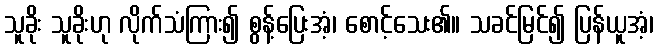
သူခိုး သူခိုးဟု လိုက်သံကြား၍ စွန့်ပြေးအံ့၊ စောင့်သေး၏။ သခင်မြင်၍ ပြန်ယူအံ့၊